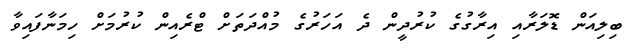
ބިލިއަން ޑޮލަރާއި އިރާގުގެ ކުރުދީން ދެ އަހަރުގެ މުއްދަތަށް ޓްރެއިން ކުރުމަށް ހިމަނާފައިވާ